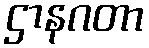
ဌာနဂတာ